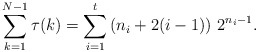
\begin{align*}\sum_{k=1}^{N-1}\tau(k)=\sum_{i=1}^{t}\left(n_{i}+2(i-1)\right)\,2^{n_{i}-1}.\end{align*}